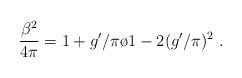
LaTeX: \begin{align*}{{\beta^2}\over{4\pi}}={{1+g'/\pi}\o{1-2(g'/\pi)^2}}\;.\end{align*}